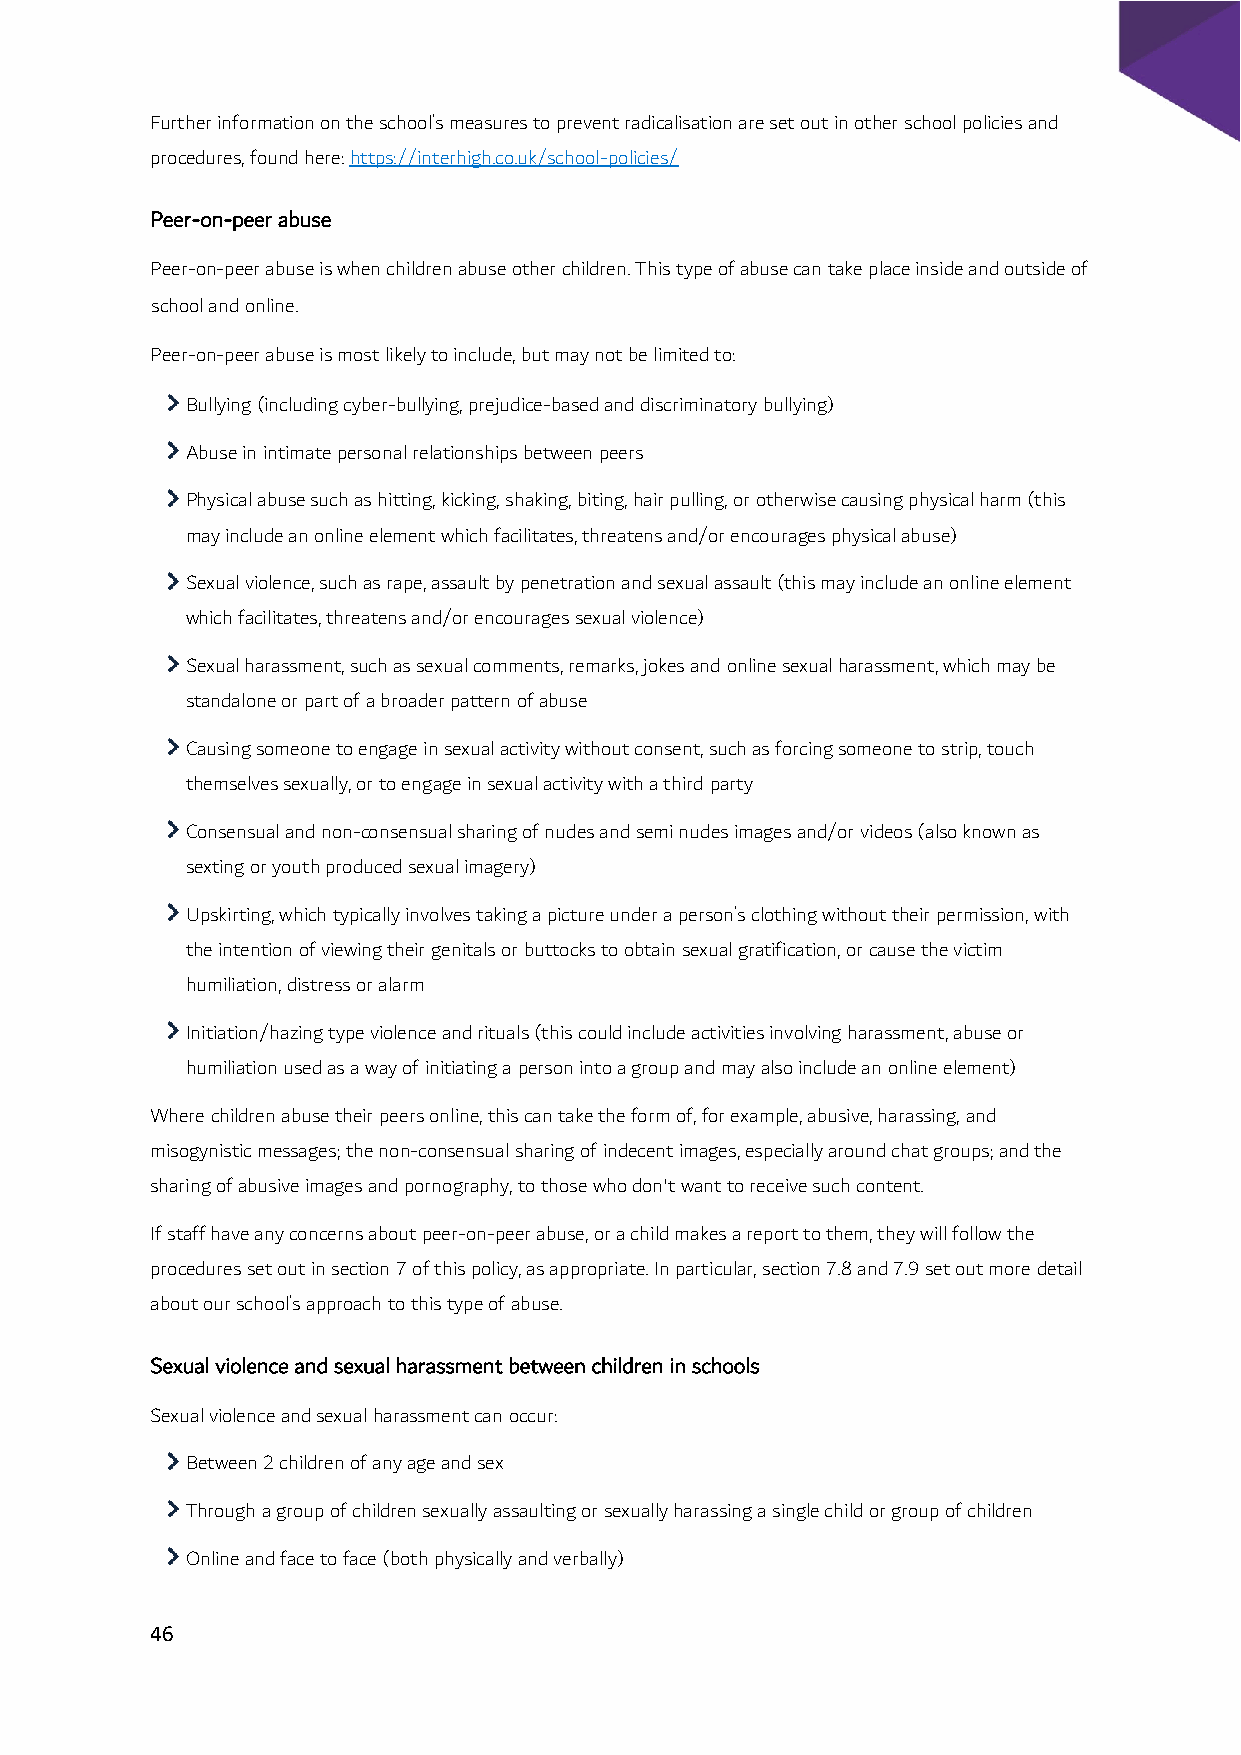
Further information on the school’s measures to prevent radicalisation are set out in other school policies and
 procedures, found here: https://interhigh.co.uk/school-policies/
 Peer-on-peer abuse
 Peer-on-peer abuse is when children abuse other children. This type of abuse can take place inside and outside of
 school and online.
 Peer-on-peer abuse is most likely to include, but may not be limited to:
 Bullying (including cyber-bullying, prejudice-based and discriminatory bullying)
 Abuse in intimate personal relationships between peers
 Physical abuse such as hitting, kicking, shaking, biting, hair pulling, or otherwise causing physical harm (this
 may include an online element which facilitates, threatens and/or encourages physical abuse)
 Sexual violence, such as rape, assault by penetration and sexual assault (this may include an online element
 which facilitates, threatens and/or encourages sexual violence)
 Sexual harassment, such as sexual comments, remarks, jokes and online sexual harassment, which may be
 standalone or part of a broader pattern of abuse
 Causing someone to engage in sexual activity without consent, such as forcing someone to strip, touch
 themselves sexually, or to engage in sexual activity with a third party
 Consensual and non-consensual sharing of nudes and semi nudes images and/or videos (also known as
 sexting or youth produced sexual imagery)
 Upskirting, which typically involves taking a picture under a person’s clothing without their permission, with
 the intention of viewing their genitals or buttocks to obtain sexual gratification, or cause the victim
 humiliation, distress or alarm
 Initiation/hazing type violence and rituals (this could include activities involving harassment, abuse or
 humiliation used as a way of initiating a person into a group and may also include an online element)
 Where children abuse their peers online, this can take the form of, for example, abusive, harassing, and
 misogynistic messages; the non-consensual sharing of indecent images, especially around chat groups; and the
 sharing of abusive images and pornography, to those who don't want to receive such content.
 If staff have any concerns about peer-on-peer abuse, or a child makes a report to them, they will follow the
 procedures set out in section 7 of this policy, as appropriate. In particular, section 7.8 and 7.9 set out more detail
 about our school’s approach to this type of abuse.
 Sexual violence and sexual harassment between children in schools
 Sexual violence and sexual harassment can occur:
 Between 2 children of any age and sex
 Through a group of children sexually assaulting or sexually harassing a single child or group of children
 Online and face to face (both physically and verbally)
 46